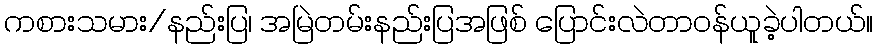
ကစားသမား/နည်းပြ၊ အမြဲတမ်းနည်းပြအဖြစ် ပြောင်းလဲတာဝန်ယူခဲ့ပါတယ်။